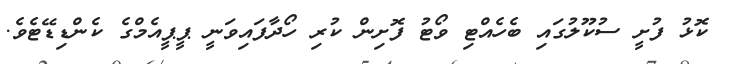
ކޮޅު ފުށީ ސުކޫލުގައި ބެހެއްޓި ވޯޓު ފޮށިން ކުރި ހޯދާފައިވަނީ ޕީޕީއެމްގެ ކެންޑިޑޭޓެވެ.